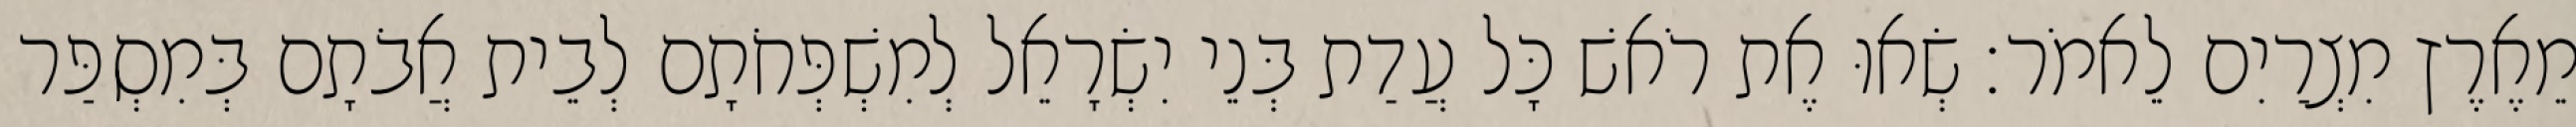
מֵאֶרֶץ מִצְרַיִם לֵאמֹר׃ שְׂאוּ אֶת רֹאשׁ כָּל עֲדַת בְּנֵי יִשְׂרָאֵל לְמִשְׁפְּחֹתָם לְבֵית אֲבֹתָם בְּמִסְפַּר